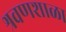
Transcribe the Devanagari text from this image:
श्रवणशाळा